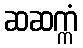
ဆဆက္ကံ